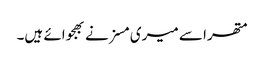
متھرا سے میری مسز نے بھجوائے ہیں۔